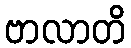
ဗာလာတိ